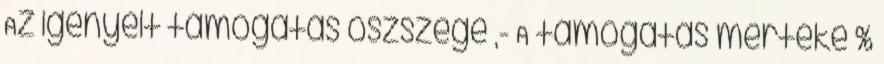
Az igényelt támogatás öszszege ,- A támogatás mértéke %